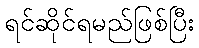
ရင်ဆိုင်ရမည်ဖြစ်ပြီး